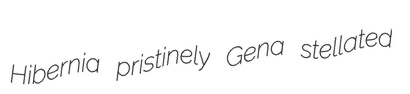
Hibernia pristinely Gena stellated